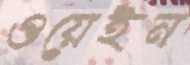
ওয়েইন